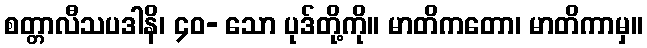
စတ္တာလီသပဒါနိ၊ ၄၀- သော ပုဒ်တို့ကို။ မာတိကတော၊ မာတိကာမှ။